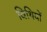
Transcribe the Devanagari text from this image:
विथियों